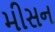
મીસન